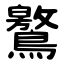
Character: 鸄